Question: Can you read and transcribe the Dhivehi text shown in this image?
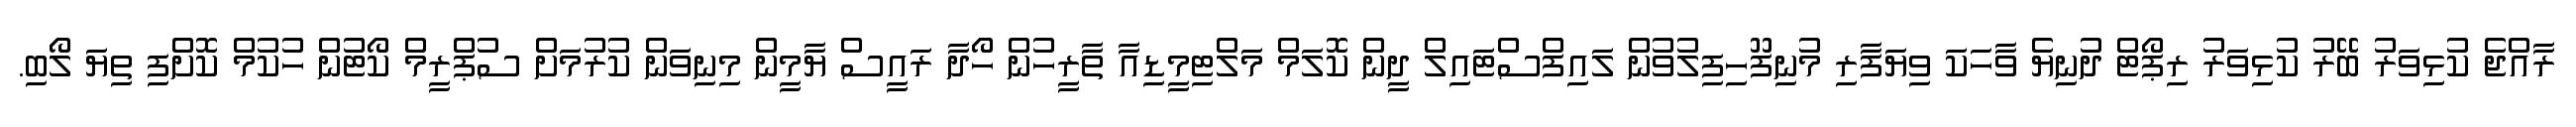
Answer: ރާއްޖެ ކުޅިވަރު ބޭރު ކުޅިވަރު ރިޕޯޓް ދުނިޔެ ވާހަކަ ވިޔަފާރި މުނިފޫހިފިލުވުން ލައިފްސްޓައިލް ދީން ކޮލަމް މަލްޓިމީޑިއާ ތާރީހުން ހޯދާ ރައީސް ޔާމީން މިނިވަން ކުރުމަށް ސުޕްރީމް ކޯޓުން ހުކުމް ކޮށްފި ތިޔަ ލޯބި.